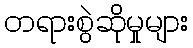
တရားစွဲဆိုမှုများ